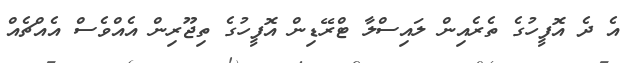
އެ ދެ އޮފީހުގެ ތެރެއިން ލައިސްލާ ޓްރޭޑިން އޮފީހުގެ ތިޖޫރިން އެއްވެސް އެއްޗެއް